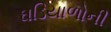
ઘડિયાળોની